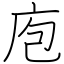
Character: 庖